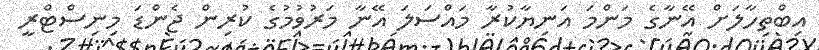
އިބްތިހާލަށް އޭނާގެ މަންމަ އަނިޔާކުރާ މައްސަލަ އޭނާ މަރުވުމުގެ ކުރިން ޖެންޑަ މިނިސްޓްރީ